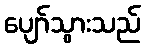
ပျော်သွားသည်